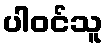
ပါဝင်သူ